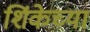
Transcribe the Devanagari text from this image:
शिंकेच्या